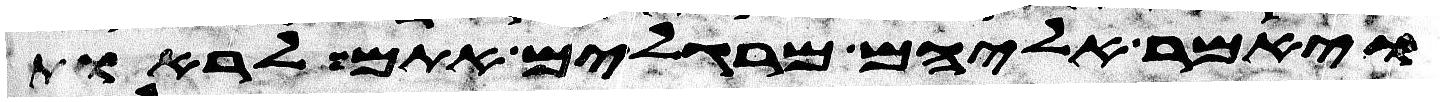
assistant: ויאמר אליהם מרגלים אתם לראות